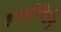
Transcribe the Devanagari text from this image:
इन्फीनियॉन